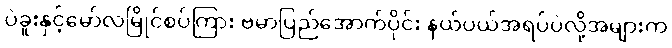
ပဲခူးနှင့်မော်လမြိုင်စပ်ကြား ဗမာပြည်အောက်ပိုင်း နယ်ပယ်အရပ်ပဲလို့အများက